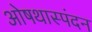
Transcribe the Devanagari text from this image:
ओषथास्पंदन